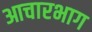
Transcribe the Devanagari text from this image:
आचारभाग